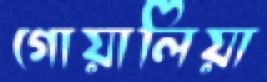
গোয়ালিয়া